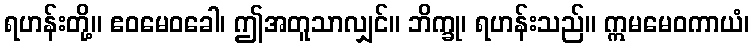
ရဟန်းတို့။ ဧဝမေဝခေါ၊ ဤအတူသာလျှင်။ ဘိက္ခု၊ ရဟန်းသည်။ ဣမမေဝကာယံ၊